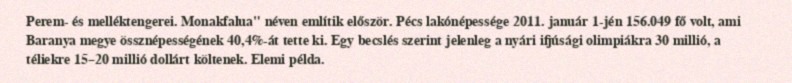
Perem- és melléktengerei. Monakfalua" néven említik először. Pécs lakónépessége 2011. január 1-jén 156.049 fő volt, ami Baranya megye össznépességének 40,4%-át tette ki. Egy becslés szerint jelenleg a nyári ifjúsági olimpiákra 30 millió, a téliekre 15–20 millió dollárt költenek. Elemi példa.